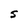
Character: S